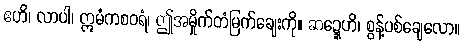
ဧဟိ၊ လာပါ၊ ဣမံကစဝရံ၊ ဤအမှိုက်တံမြက်ချေးကို။ ဆဍ္ဍေဟိ၊ စွန့်ပစ်ချေလော။